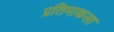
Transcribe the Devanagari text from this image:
प्रतिमाकला